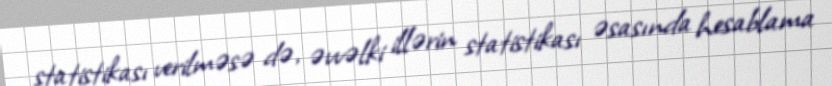
statistikası verilməsə də, əvvəlki illərin statistikası əsasında hesablama